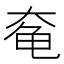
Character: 𱍃